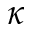
\kappa